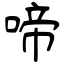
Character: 啼